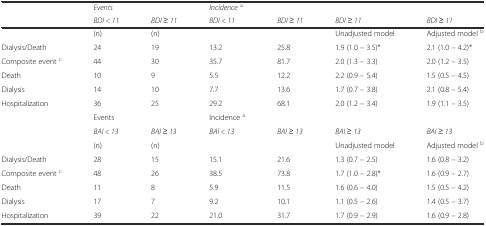
| <ROWSPAN=2>  | Events |  | Incidencea |  |  |  |
 | BDI < 11 | BDI ≥ 11 | BDI < 11 | BDI ≥ 11 | BDI ≥ 11 | BDI ≥ 11 |
 | --- | --- | --- | --- | --- | --- | --- |
 |  | (n) | (n) |  |  | Unadjusted model | Adjusted model b |
 | Dialysis/Death | 24 | 19 | 13.2 | 25.8 | 1.9 (1.0 – 3.5)* | 2.1 (1.0 – 4.2)* |
 | Composite event c | 44 | 30 | 35.7 | 81.7 | 2.0 (1.3 – 3.3) | 2.0 (1.2 – 3.5) |
 | Death | 10 | 9 | 5.5 | 12.2 | 2.2 (0.9 – 5.4) | 1.5 (0.5 – 4.5) |
 | Dialysis | 14 | 10 | 7.7 | 13.6 | 1.7 (0.7 – 3.8) | 2.1 (0.8 – 5.4) |
 | Hospitalization | 36 | 25 | 29.2 | 68.1 | 2.0 (1.2 – 3.4) | 1.9 (1.1 – 3.5) |
 |  | Events |  | Incidence a |  |  |  |
 |  | BAI < 13 | BAI ≥ 13 | BAI < 13 | BAI ≥ 13 | BAI ≥ 13 | BAI ≥ 13 |
 |  | (n) | (n) |  |  | Unadjusted model | Adjusted model b |
 | Dialysis/Death | 28 | 15 | 15.1 | 21.6 | 1.3 (0.7 – 2.5) | 1.6 (0.8 – 3.2) |
 | Composite event c | 48 | 26 | 38.5 | 73.8 | 1.7 (1.0 – 2.8)* | 1.6 (0.9 – 2.7) |
 | Death | 11 | 8 | 5.9 | 11.5 | 1.6 (0.6 – 4.0) | 1.5 (0.5 – 4.2) |
 | Dialysis | 17 | 7 | 9.2 | 10.1 | 1.1 (0.5 – 2.6) | 1.4 (0.5 – 3.7) |
 | Hospitalization | 39 | 22 | 21.0 | 31.7 | 1.7 (0.9 – 2.9) | 1.6 (0.9 – 2.8) |